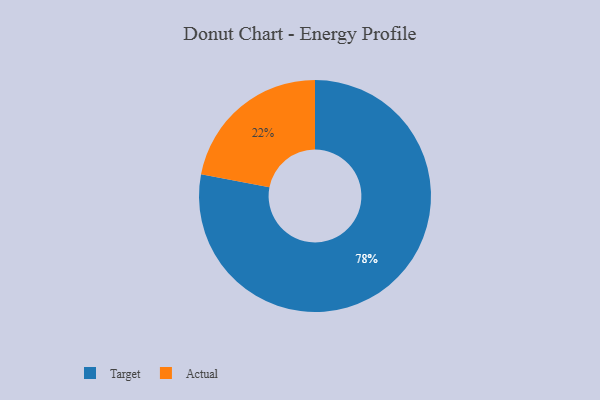
{"axis": {"x": "Category", "y": "Percentage"}, "legend": ["Actual", "Target"], "data": [{"x": "Target", "y": 78, "type": "Target"}, {"x": "Actual", "y": 22, "type": "Actual"}]}